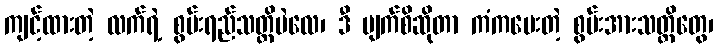
ကျင့်ထားတဲ့ လက်ရဲ့ စွမ်းရည်သတ္တိပဲလေ၊ ဒီ မျက်စိဆိုတာ ကံကပေးတဲ့ စွမ်းအားသတ္တိတွေ၊